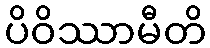
ပိဝိဿာမီတိ